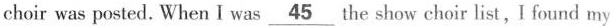
choir was posted. When I was \underline{45}the show choir list,I found my